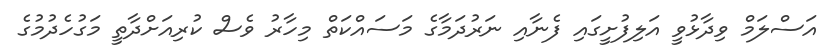
އަސްލަމް ވިދާޅުވީ އަލިފުށީގައި ފެނާއި ނަރުދަމާގެ މަސައްކަތް މިހާރު ވެސް ކުރިއަށްދާތީ މަގުހެދުމުގެ